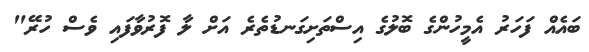
ބައެއް ފަހަރު އެމީހުންގެ ބޮލުގެ އިސްތަށިގަނޑުތެރެ އަށް ލާ ފޮރުވާފައި ވެސް ހުރޭ"